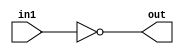
// This program was cloned from: https://github.com/VerticalResearchGroup/miaow
// License: BSD 3-Clause "New" or "Revised" License

module not1 (in1,out);
input in1;
output out;
assign out = ~in1;
endmodule